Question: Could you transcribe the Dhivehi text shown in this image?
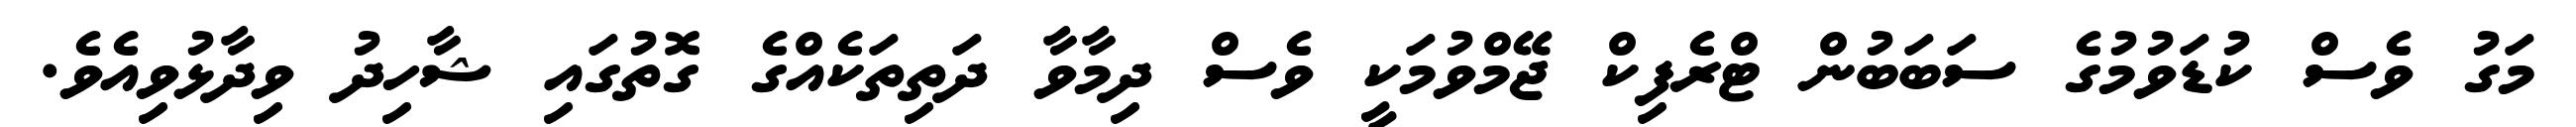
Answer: މަގު ވެސް ކުޑަވުމުގެ ސަބަބުން ޓްރެފިކް ޖޭމްވުމަކީ ވެސް ދިމާވާ ދަތިތަކެއްގެ ގޮތުގައި ޝާހިދު ވިދާޅުވިއެވެ.